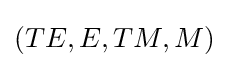
(TE,E,TM,M)